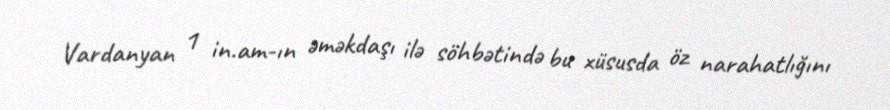
Vardanyan 1 in.am-ın əməkdaşı ilə söhbətində bu xüsusda öz narahatlığını